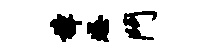
樟怒斗